Vaccination North-Western Provinces 1866-1877 - 1866-1877
Year: 1866
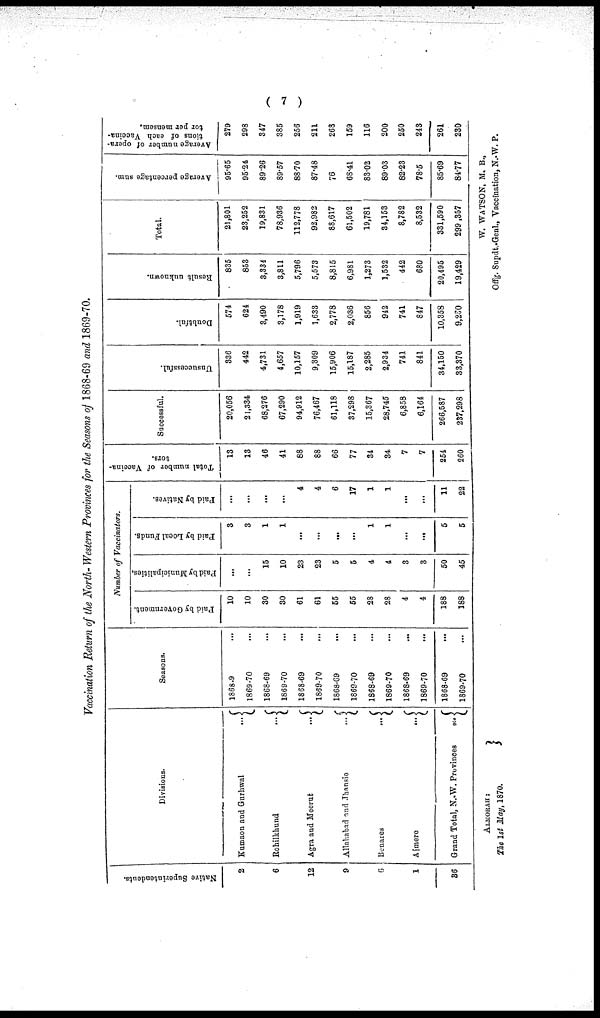
( 7 )
Vaccination Return of the North-Western Provinces for the Seasons of 1868-69 and 1869-70.
Native Superintendents.
2
6
12
9
6
1
36
Divisions.
Kumaon and Gurhwal
...
Rohilkhund
...
Agra and Meerut
...
Allahabad and Jhansie
...
Benares
...
Ajmere
...
Grand Total, N.W. Provinces
...
Seasons.
1868-9 ...
1869-70 ...
1868-69 ...
1869-70 ...
1868-69 ...
1869-70 ...
1868-69 ...
1869-70 ...
1868-69 ...
1869-70 ...
1868-69 ...
1869-70 ...
1868-69 ...
1869-70 ...
Number of Vaccinators.
Paid by Government.
10
10
30
30
61
61
55
55
28
28
4
4
188
188
Paid by Municipalities.
...
...
15
10
23
23
5
5
4
4
3
3
50
45
Paid by Local Funds.
3
3
1
1
...
...
...
...
1
1
...
...
5
5
Paid by Natives.
...
...
...
...
4
4
6
17
1
1
...
...
11
22
Total number of Vaccina-
tors.
13
13
46
41
88
88
66
77
34
34
7
7
254
260
Successful.
20,056
21,334
68,276
67,290
94,912
76,467
61,118
37,298
15,367
28,745
6,858
6,164
266,587
237,298
Unsuccessful.
336
442
4,731
4,657
10,157
9,309
15,906
15,187
2,285
2,934
741
841
34,150
33,370
Doubtful.
574
624
3,490
3,178
1,919
1,633
2,778
2,036
856
942
741
847
10,358
9,250
Result unknown.
835
853
3,334
3,811
5,796
5,573
8,815
6,981
1,273
1,532
442
680
20,495
19,429
Total.
21,801
23,252
19,831
78,936
112,778
92,982
88,617
61,502
19,781
34,153
8,782
8,532
331,590
299 ,857
Average percentage sum.
95.65
95.24
89.26
89.57
88.70
87.48
76
68.41
83.02
89.03
82.23
78.5
85.69
84.77
Average number of opera-
tions of each Vaccina¬
tor per mensem.
279
298
347
385
256
211
268
159
116
200
250
243
261
230
ALMORAH:
The 1st May, 1870.
W. WATSON, M. B.,
Offg. Supdt.-Genl., Vaccination, N.-W. P.